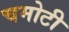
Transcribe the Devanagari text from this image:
चमोटी